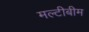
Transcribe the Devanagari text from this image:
मल्टीबीम